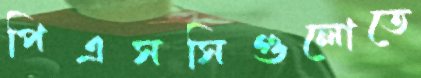
পিএসসিগুলোতে